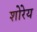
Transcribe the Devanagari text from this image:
शोरेय